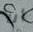
أنا